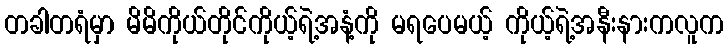
တခါတရံမှာ မိမိကိုယ်တိုင်ကိုယ့်ရဲ့အနံ့ကို မရပေမယ့် ကိုယ့်ရဲ့အနီးနားကလူက